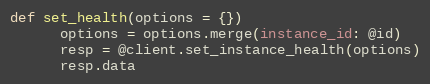
Language: Ruby
def set_health(options = {})
      options = options.merge(instance_id: @id)
      resp = @client.set_instance_health(options)
      resp.data